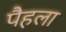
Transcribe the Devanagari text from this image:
पैहला